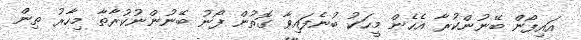
އައިފޯން ބޭނުންކުރާ އެހެން މީހަކު ބުނެފައިވާ ގޮތުން ފޯނު ބޭނުންނުކުރާތާ މިހާރު ތިން